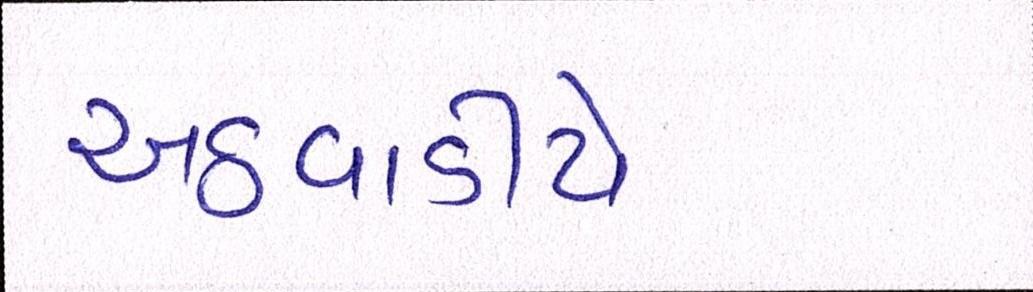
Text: અઠવાડીયે